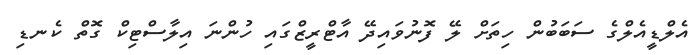
އެލްޑީއެލްގެ ސަބަބުން ހިތަށް ލޭ ފޮނުވައިދޭ އާޓްރީޒްގައި ހުންނަ އިލާސްޓިކް ގޮތް ކެނޑި